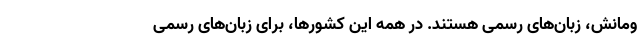
ومانش، زبان‌های رسمی هستند. در همه این کشورها، برای زبان‌های رسمی